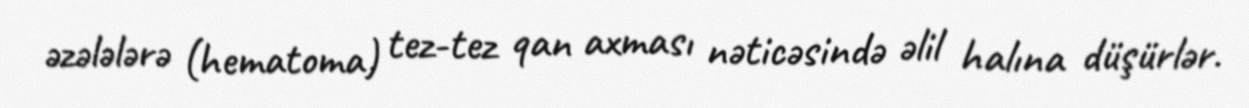
əzələlərə (hematoma) tez-tez qan axması nəticəsində əlil halına düşürlər.